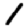
Digit: 1